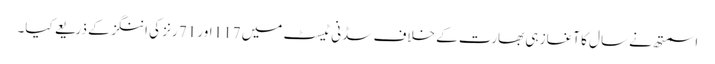
اسمتھ نے سال کا آغاز ہی بھارت کے خلاف سڈنی ٹیسٹ میں 117 اور 71 رنز کی اننگز کے ذریعے کیا۔